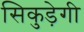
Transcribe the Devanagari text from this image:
सिकुड़ेगी